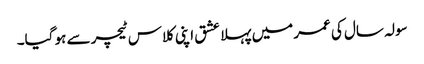
سولہ سال کی عمر میں پہلا عشق اپنی کلاس ٹیچر سے ہو گیا۔